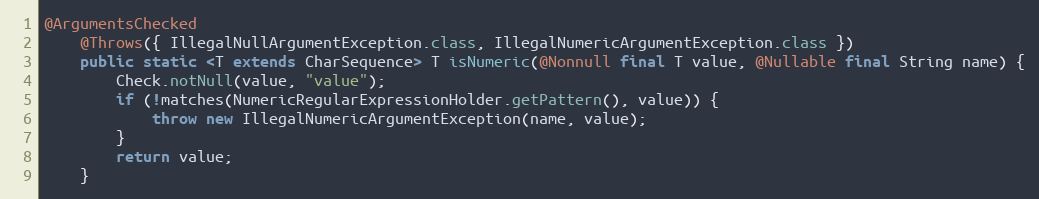
Language: Java
@ArgumentsChecked
	@Throws({ IllegalNullArgumentException.class, IllegalNumericArgumentException.class })
	public static <T extends CharSequence> T isNumeric(@Nonnull final T value, @Nullable final String name) {
		Check.notNull(value, "value");
		if (!matches(NumericRegularExpressionHolder.getPattern(), value)) {
			throw new IllegalNumericArgumentException(name, value);
		}
		return value;
	}